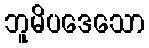
ဘူမိပဒေသော